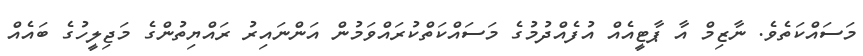
މަސައްކަތެވެ. ނާޒިމް އާ ޕާޓީއެއް އުފެއްދުމުގެ މަސައްކަތްކުރައްވަމުން އަންނައިރު ރައްޔިތުންގެ މަޖިލީހުގެ ބައެއް